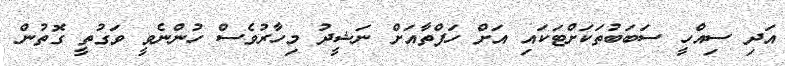
އަދި ސިއްހީ ސަބަބުތަކަށްޓަކައި އަށް ހަފްތާއަށް ނަޝީދު މިހާރުވެސް ހުންނެވީ ވަގުތީ ގޮތުން